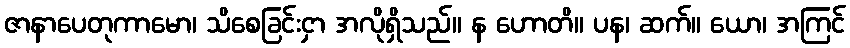
ဇာနာပေတုကာမော၊ သိစေခြင်းငှာ အလိုရှိသည်။ န ဟောတိ။ ပန၊ ဆက်။ ယော၊ အကြင်